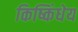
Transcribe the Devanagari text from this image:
किष्किंधेय